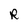
Character: R